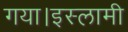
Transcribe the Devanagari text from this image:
गया।इस्लामी